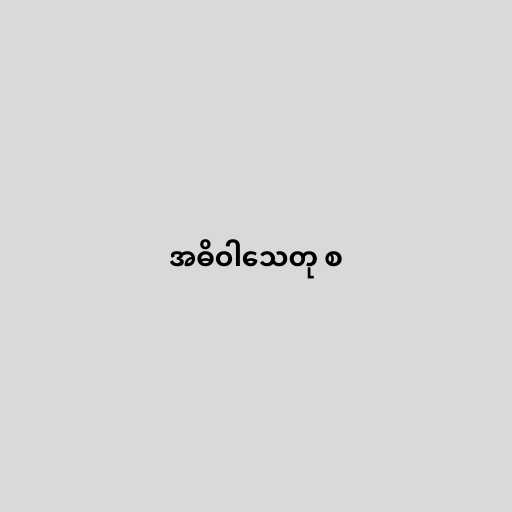
အဓိဝါသေတု စ